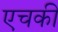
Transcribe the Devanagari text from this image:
एचकी